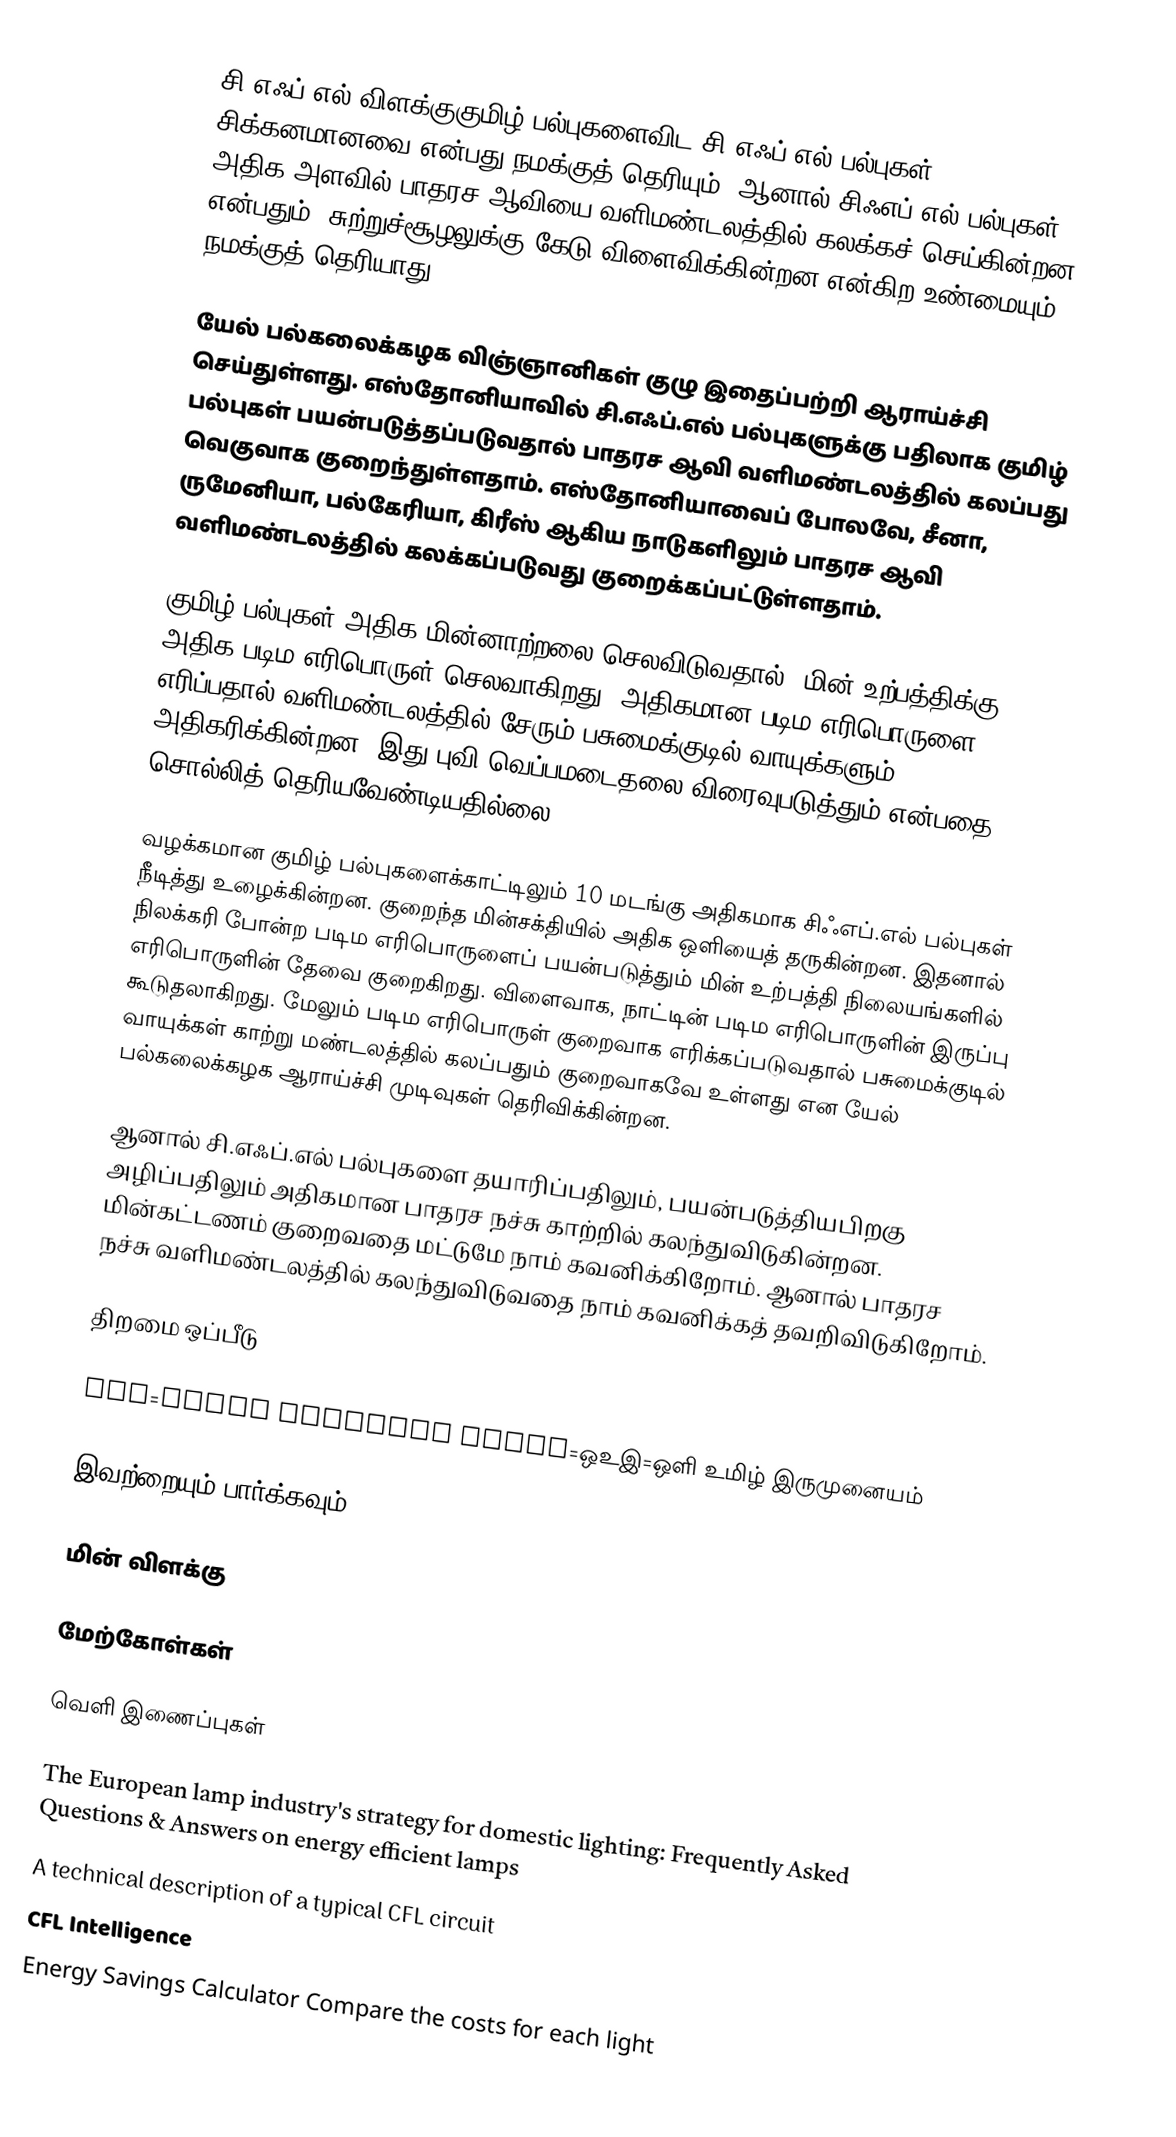
சி.எஃப்.எல் விளக்குகுமிழ் பல்புகளைவிட சி.எஃப்.எல் பல்புகள் சிக்கனமானவை என்பது நமக்குத் தெரியும். ஆனால் சிஃஎப்.எல் பல்புகள் அதிக அளவில் பாதரச ஆவியை வளிமண்டலத்தில் கலக்கச் செய்கின்றன என்பதும், சுற்றுச்சூழலுக்கு கேடு விளைவிக்கின்றன என்கிற உண்மையும் நமக்குத் தெரியாது.

யேல் பல்கலைக்கழக விஞ்ஞானிகள் குழு இதைப்பற்றி ஆராய்ச்சி செய்துள்ளது. எஸ்தோனியாவில் சி.எஃப்.எல் பல்புகளுக்கு பதிலாக குமிழ் பல்புகள் பயன்படுத்தப்படுவதால் பாதரச ஆவி வளிமண்டலத்தில் கலப்பது வெகுவாக குறைந்துள்ளதாம். எஸ்தோனியாவைப் போலவே, சீனா, ருமேனியா, பல்கேரியா, கிரீஸ் ஆகிய நாடுகளிலும் பாதரச ஆவி வளிமண்டலத்தில் கலக்கப்படுவது குறைக்கப்பட்டுள்ளதாம்.

குமிழ் பல்புகள் அதிக மின்னாற்றலை செலவிடுவதால், மின் உற்பத்திக்கு அதிக படிம எரிபொருள் செலவாகிறது. அதிகமான படிம எரிபொருளை எரிப்பதால் வளிமண்டலத்தில் சேரும் பசுமைக்குடில் வாயுக்களும் அதிகரிக்கின்றன. இது புவி வெப்பமடைதலை விரைவுபடுத்தும் என்பதை சொல்லித் தெரியவேண்டியதில்லை.

வழக்கமான குமிழ் பல்புகளைக்காட்டிலும் 10 மடங்கு அதிகமாக சிஃஎப்.எல் பல்புகள் நீடித்து உழைக்கின்றன. குறைந்த மின்சக்தியில் அதிக ஒளியைத் தருகின்றன. இதனால் நிலக்கரி போன்ற படிம எரிபொருளைப் பயன்படுத்தும் மின் உற்பத்தி நிலையங்களில் எரிபொருளின் தேவை குறைகிறது. விளைவாக, நாட்டின் படிம எரிபொருளின் இருப்பு கூடுதலாகிறது. மேலும் படிம எரிபொருள் குறைவாக எரிக்கப்படுவதால் பசுமைக்குடில் வாயுக்கள் காற்று மண்டலத்தில் கலப்பதும் குறைவாகவே உள்ளது என யேல் பல்கலைக்கழக ஆராய்ச்சி முடிவுகள் தெரிவிக்கின்றன.

ஆனால் சி.எஃப்.எல் பல்புகளை தயாரிப்பதிலும், பயன்படுத்தியபிறகு அழிப்பதிலும் அதிகமான பாதரச நச்சு காற்றில் கலந்துவிடுகின்றன. மின்கட்டணம் குறைவதை மட்டுமே நாம் கவனிக்கிறோம். ஆனால் பாதரச நச்சு வளிமண்டலத்தில் கலந்துவிடுவதை நாம் கவனிக்கத் தவறிவிடுகிறோம்.

திறமை ஒப்பீடு

LED=Light Emitting Diode=ஒஉஇ=ஒளி உமிழ் இருமுனையம்

இவற்றையும் பார்க்கவும்

மின் விளக்கு

மேற்கோள்கள்

வெளி இணைப்புகள்

 The European lamp industry's strategy for domestic lighting: Frequently Asked Questions & Answers on energy efficient lamps
 A technical description of a typical CFL circuit
 CFL Intelligence
 Energy Savings Calculator  Compare the costs for each light